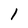
Character: 1